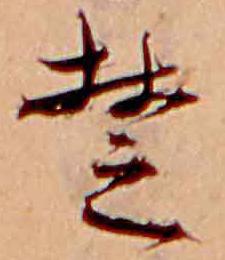
楚